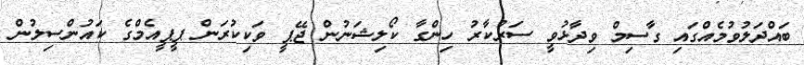
ބައްދަލުވުމެއްގައި ގާސިމް ވިދާޅުވީ ސަރުކާރު ހިންގާ ކޯލިޝަނުން ޖޭޕީ ވަކިކުރަން ޕީޕީއެމްގެ ކައުންސިލުން